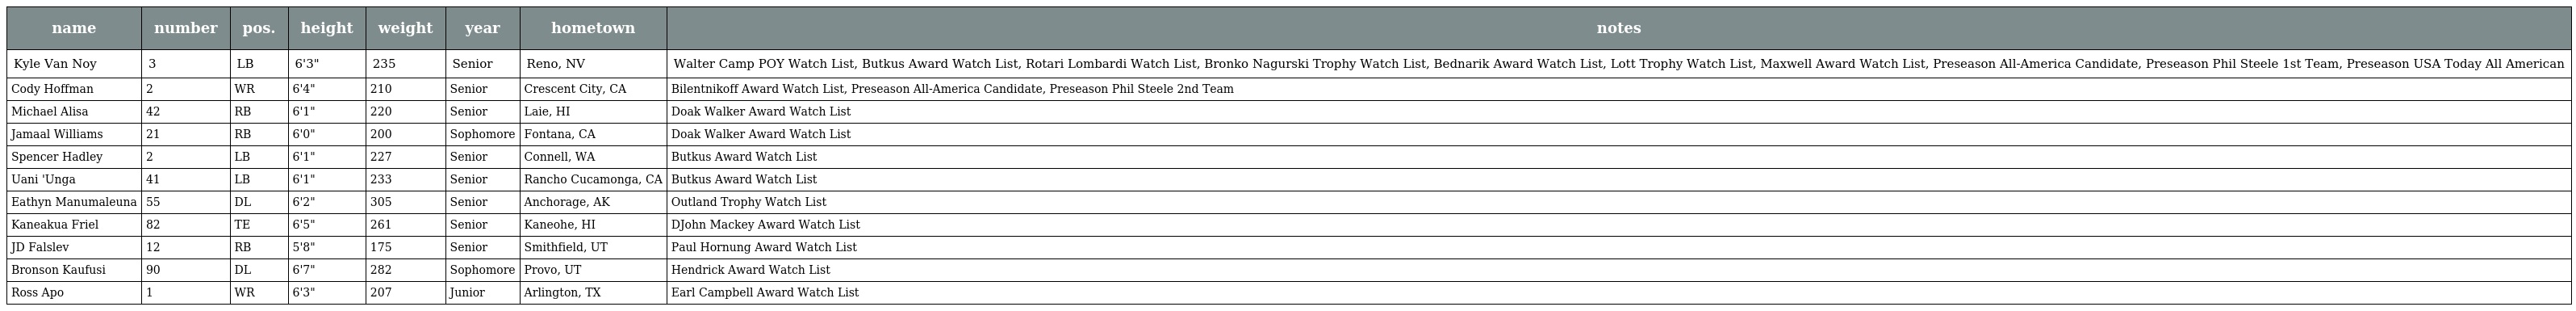
| name | number | pos. | height | weight | year | hometown | notes |
 | --- | --- | --- | --- | --- | --- | --- | --- |
 | Kyle Van Noy | 3 | LB | 6'3" | 235 | Senior | Reno, NV | Walter Camp POY Watch List, Butkus Award Watch List, Rotari Lombardi Watch List, Bronko Nagurski Trophy Watch List, Bednarik Award Watch List, Lott Trophy Watch List, Maxwell Award Watch List, Preseason All-America Candidate, Preseason Phil Steele 1st Team, Preseason USA Today All American |
 | Cody Hoffman | 2 | WR | 6'4" | 210 | Senior | Crescent City, CA | Bilentnikoff Award Watch List, Preseason All-America Candidate, Preseason Phil Steele 2nd Team |
 | Michael Alisa | 42 | RB | 6'1" | 220 | Senior | Laie, HI | Doak Walker Award Watch List |
 | Jamaal Williams | 21 | RB | 6'0" | 200 | Sophomore | Fontana, CA | Doak Walker Award Watch List |
 | Spencer Hadley | 2 | LB | 6'1" | 227 | Senior | Connell, WA | Butkus Award Watch List |
 | Uani 'Unga | 41 | LB | 6'1" | 233 | Senior | Rancho Cucamonga, CA | Butkus Award Watch List |
 | Eathyn Manumaleuna | 55 | DL | 6'2" | 305 | Senior | Anchorage, AK | Outland Trophy Watch List |
 | Kaneakua Friel | 82 | TE | 6'5" | 261 | Senior | Kaneohe, HI | DJohn Mackey Award Watch List |
 | JD Falslev | 12 | RB | 5'8" | 175 | Senior | Smithfield, UT | Paul Hornung Award Watch List |
 | Bronson Kaufusi | 90 | DL | 6'7" | 282 | Sophomore | Provo, UT | Hendrick Award Watch List |
 | Ross Apo | 1 | WR | 6'3" | 207 | Junior | Arlington, TX | Earl Campbell Award Watch List |